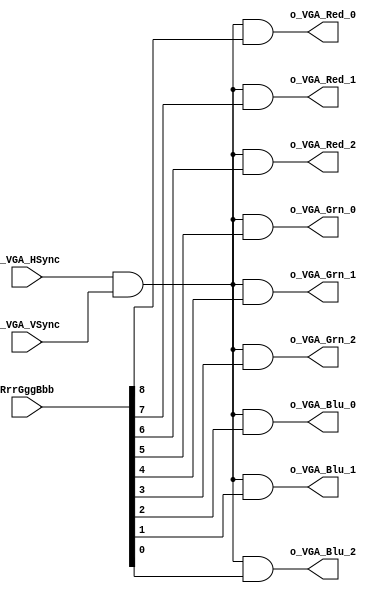
module VGA_Output (
  input [8:0] RrrGggBbb,
  input i_VGA_HSync,
  input i_VGA_VSync,
  output o_VGA_Red_0,
  output o_VGA_Red_1,
  output o_VGA_Red_2,
  output o_VGA_Grn_0,
  output o_VGA_Grn_1,
  output o_VGA_Grn_2,
  output o_VGA_Blu_0,
  output o_VGA_Blu_1,
  output o_VGA_Blu_2
  );
  
  wire active = (i_VGA_HSync && i_VGA_VSync);
  // This just makes black darker
  assign o_VGA_Red_0 = active && RrrGggBbb[8];
  assign o_VGA_Red_1 = active && RrrGggBbb[7];
  assign o_VGA_Red_2 = active && RrrGggBbb[6];
  assign o_VGA_Grn_0 = active && RrrGggBbb[5];
  assign o_VGA_Grn_1 = active && RrrGggBbb[4];
  assign o_VGA_Grn_2 = active && RrrGggBbb[3];
  assign o_VGA_Blu_0 = active && RrrGggBbb[2];
  assign o_VGA_Blu_1 = active && RrrGggBbb[1];
  assign o_VGA_Blu_2 = active && RrrGggBbb[0];
endmodule